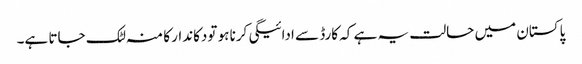
پاکستان میں حالت یہ ہے کہ کارڈ سے ادائیگی کرنا ہو تودکاندار کا منہ لٹک جاتا ہے۔